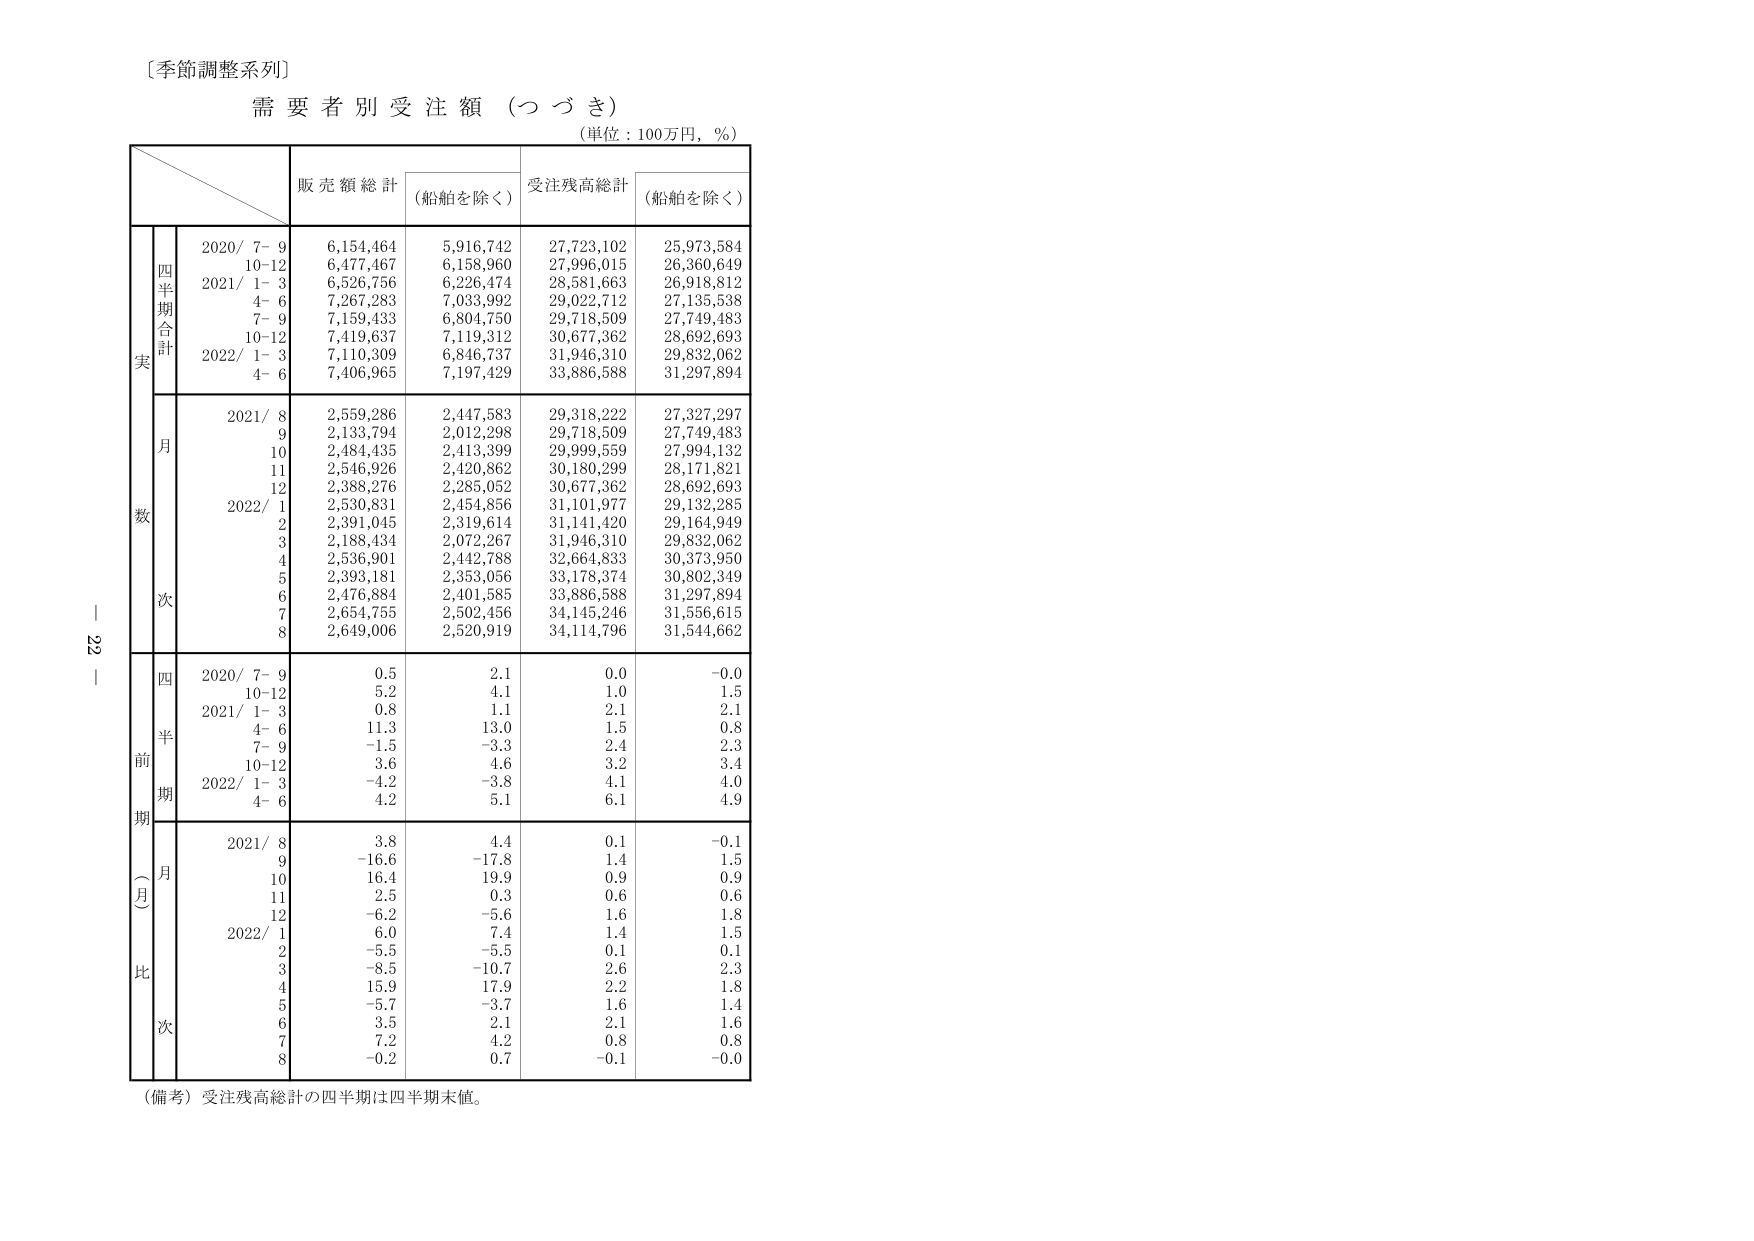
〔季節調整系列〕
需要者別受注額（つづき）
（単位：100万円，％）

販売額総計 （船舶を除く） 受注残高総計 （船舶を除く）

四半期合計
実数
2020/ 7- 9 6,154,464 5,916,742 27,723,102 25,973,584
10-12 6,477,467 6,158,960 27,996,015 26,360,649
2021/ 1- 3 6,526,756 6,226,474 28,581,663 26,918,812
4- 6 7,267,283 7,033,992 29,022,712 27,135,538
7- 9 7,159,433 6,804,750 29,718,509 27,749,483
10-12 7,419,637 7,119,312 30,677,362 28,692,693
2022/ 1- 3 7,110,309 6,846,737 31,946,310 29,832,062
4- 6 7,406,965 7,197,429 33,886,588 31,297,894

月次
2021/ 8 2,559,286 2,447,583 29,318,222 27,327,297
9 2,133,794 2,012,298 29,718,509 27,749,483
10 2,484,435 2,413,399 29,999,559 27,994,132
11 2,546,926 2,420,862 30,180,299 28,171,821
12 2,388,276 2,285,052 30,677,362 28,692,693
2022/ 1 2,530,831 2,454,856 31,101,977 29,132,285
2 2,391,045 2,319,614 31,141,420 29,164,949
3 2,188,434 2,072,267 31,946,310 29,832,062
4 2,536,901 2,442,788 32,664,833 30,373,950
5 2,393,181 2,353,056 33,178,374 30,802,349
6 2,476,884 2,401,585 33,886,588 31,297,894
7 2,654,755 2,502,456 34,145,246 31,556,615
8 2,649,006 2,520,919 34,114,796 31,544,662

四半期前比（月次）
2020/ 7- 9 0.5 2.1 0.0 -0.0
10-12 5.2 4.1 1.0 1.5
2021/ 1- 3 0.8 1.1 2.1 2.1
4- 6 11.3 13.0 1.5 0.8
7- 9 -1.5 -3.3 2.4 2.3
10-12 3.6 4.6 3.2 3.4
2022/ 1- 3 -4.2 -3.8 4.1 4.0
4- 6 4.2 5.1 6.1 4.9

月次
2021/ 8 3.8 4.4 0.1 -0.1
9 -16.6 -17.8 1.4 1.5
10 16.4 19.9 0.9 0.9
11 2.5 0.3 0.6 0.6
12 -6.2 -5.6 1.6 1.8
2022/ 1 6.0 7.4 1.4 1.5
2 -5.5 -5.5 0.1 0.1
3 -8.5 -10.7 2.6 2.3
4 15.9 17.9 2.2 1.8
5 -5.7 -3.7 1.6 1.4
6 3.5 2.1 2.1 1.6
7 7.2 4.2 0.8 0.8
8 -0.2 0.7 -0.1 -0.0

（備考）受注残高総計の四半期は四半期末値。